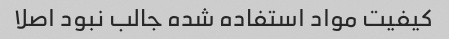
کیفیت مواد استفاده شده جالب نبود اصلا